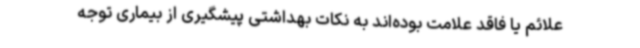
علائم یا فاقد علامت بوده‌اند به نکات بهداشتی پیشگیری از بیماری توجه